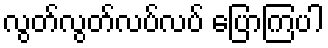
လွတ်လွတ်လပ်လပ် ပြောကြပါ